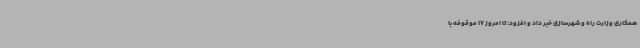
همکاری وزارت راه و شهرسازی خبر داد و افزود: تا امروز 17 موقوفه با